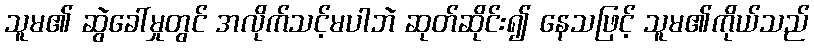
သူမ၏ ဆွဲခေါ်မှုတွင် အလိုက်သင့်မပါဘဲ ဆုတ်ဆိုင်း၍ နေသဖြင့် သူမ၏ကိုယ်သည်